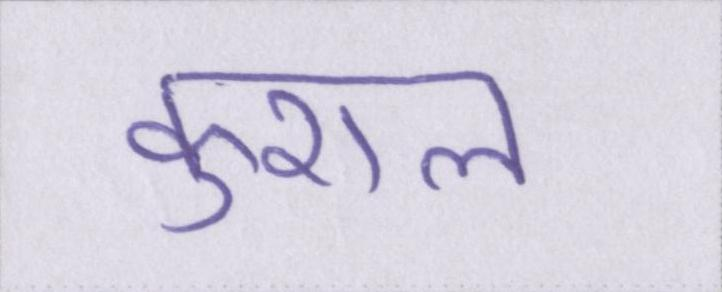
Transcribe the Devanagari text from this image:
कुशल